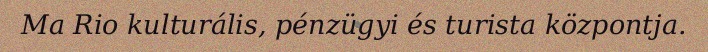
Ma Rio kulturális, pénzügyi és turista központja.